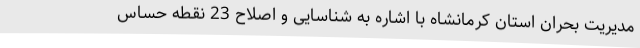
مدیریت بحران استان کرمانشاه با اشاره به شناسایی و اصلاح 23 نقطه حساس